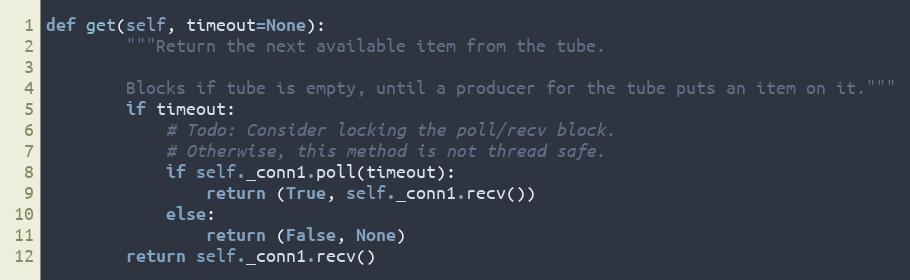
Language: Python
def get(self, timeout=None):
        """Return the next available item from the tube.

        Blocks if tube is empty, until a producer for the tube puts an item on it."""
        if timeout:
            # Todo: Consider locking the poll/recv block.
            # Otherwise, this method is not thread safe.
            if self._conn1.poll(timeout):
                return (True, self._conn1.recv())
            else:
                return (False, None)
        return self._conn1.recv()